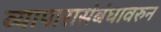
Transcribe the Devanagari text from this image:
व्यापारासंबंधावरुन